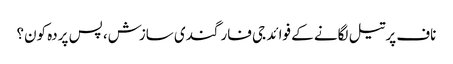
ناف پرتیل لگانے کے فوائد	جی فار گندی سازش، پس پردہ کون؟